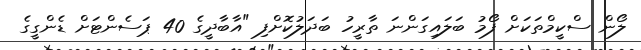
ލޯން ސްކީމްތަކަށް ފޯމު ބަލައިގަންނަ ތާރީހު ބަދަލުކޮށްފި "އާބާދީގެ 40 ޕަސެންޓަށް ޑެންގީގެ